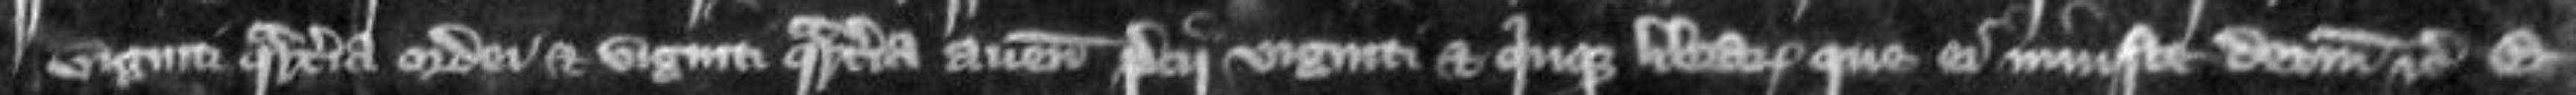
Viginti quarteria ordei et viginti quarteria avene precii viginti et quinque librarum que ei iniuste detinet etc Et